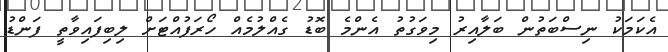
އެކަމަކު ނިސްބަތުން ބަލާއިރު މިވަގުތު އެންމެ ބޮޑު ގެއްލުމެއް ހޯރަފުއްޓަށް ލިބިފައިވާތީ ފަންޑު